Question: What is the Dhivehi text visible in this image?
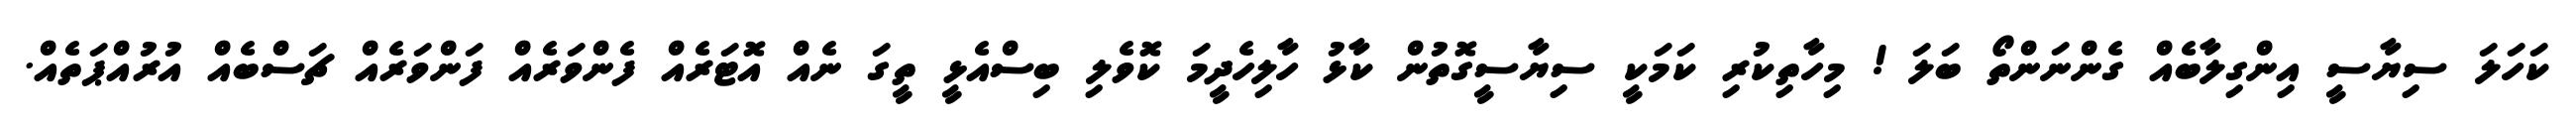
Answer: ކަހަލަ ސިޔާސީ އިންގިލާބެއް ގެންނަންތޯ ބަލަ ! މިހާތިކުރި ކަމަކީ ސިޔާސީގޮތުން ކާޅު ހާލިހެދީމަ ކޮވެލި ބިސްއެޅީ ތީގަ ނެއް އޮޓަރެއް ފެންވަރެއް ފަންވަރެއް ޗަސްބެއް އުރުއްޕަތެއް.